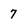
Character: 7